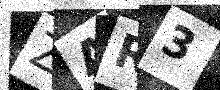
Text: ZAR3